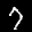
Label: 7